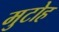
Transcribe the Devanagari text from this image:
मुटोह